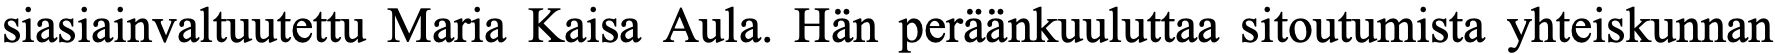
siasiainvaltuutettu Maria Kaisa Aula. Hän peräänkuuluttaa sitoutumista yhteiskunnan